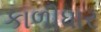
કાળીધાર